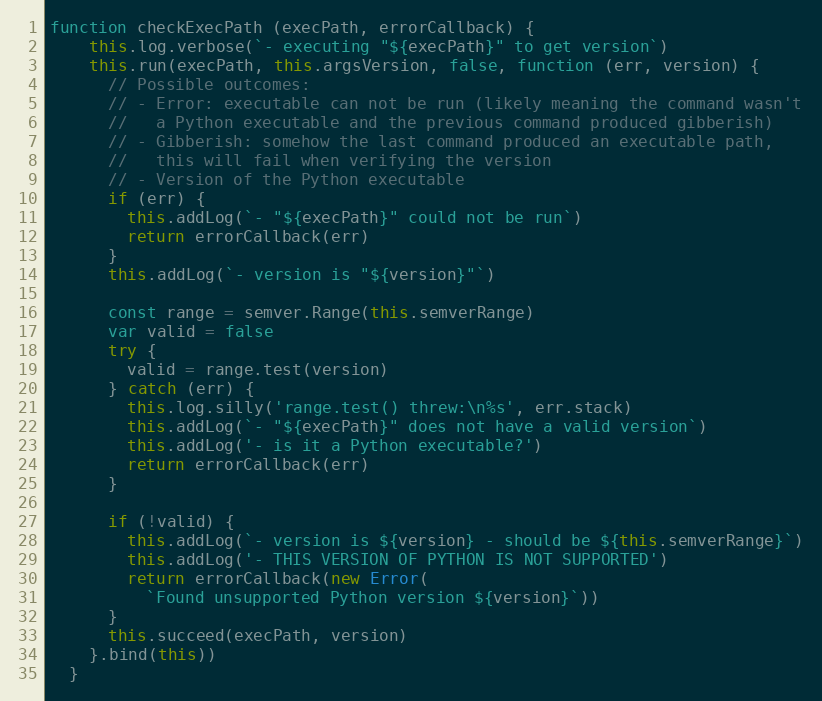
Language: JavaScript
function checkExecPath (execPath, errorCallback) {
    this.log.verbose(`- executing "${execPath}" to get version`)
    this.run(execPath, this.argsVersion, false, function (err, version) {
      // Possible outcomes:
      // - Error: executable can not be run (likely meaning the command wasn't
      //   a Python executable and the previous command produced gibberish)
      // - Gibberish: somehow the last command produced an executable path,
      //   this will fail when verifying the version
      // - Version of the Python executable
      if (err) {
        this.addLog(`- "${execPath}" could not be run`)
        return errorCallback(err)
      }
      this.addLog(`- version is "${version}"`)

      const range = semver.Range(this.semverRange)
      var valid = false
      try {
        valid = range.test(version)
      } catch (err) {
        this.log.silly('range.test() threw:\n%s', err.stack)
        this.addLog(`- "${execPath}" does not have a valid version`)
        this.addLog('- is it a Python executable?')
        return errorCallback(err)
      }

      if (!valid) {
        this.addLog(`- version is ${version} - should be ${this.semverRange}`)
        this.addLog('- THIS VERSION OF PYTHON IS NOT SUPPORTED')
        return errorCallback(new Error(
          `Found unsupported Python version ${version}`))
      }
      this.succeed(execPath, version)
    }.bind(this))
  }